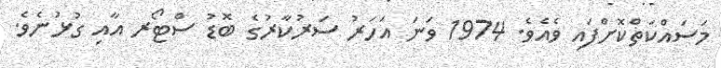
މަސައްކަތްކޮށްފައި ވެއެވެ. 1974 ވަނަ އަހަރު ސަރުކާރުގެ ބޮޑު ސްޓޯރ އާއި ގުޅުނެވެ.